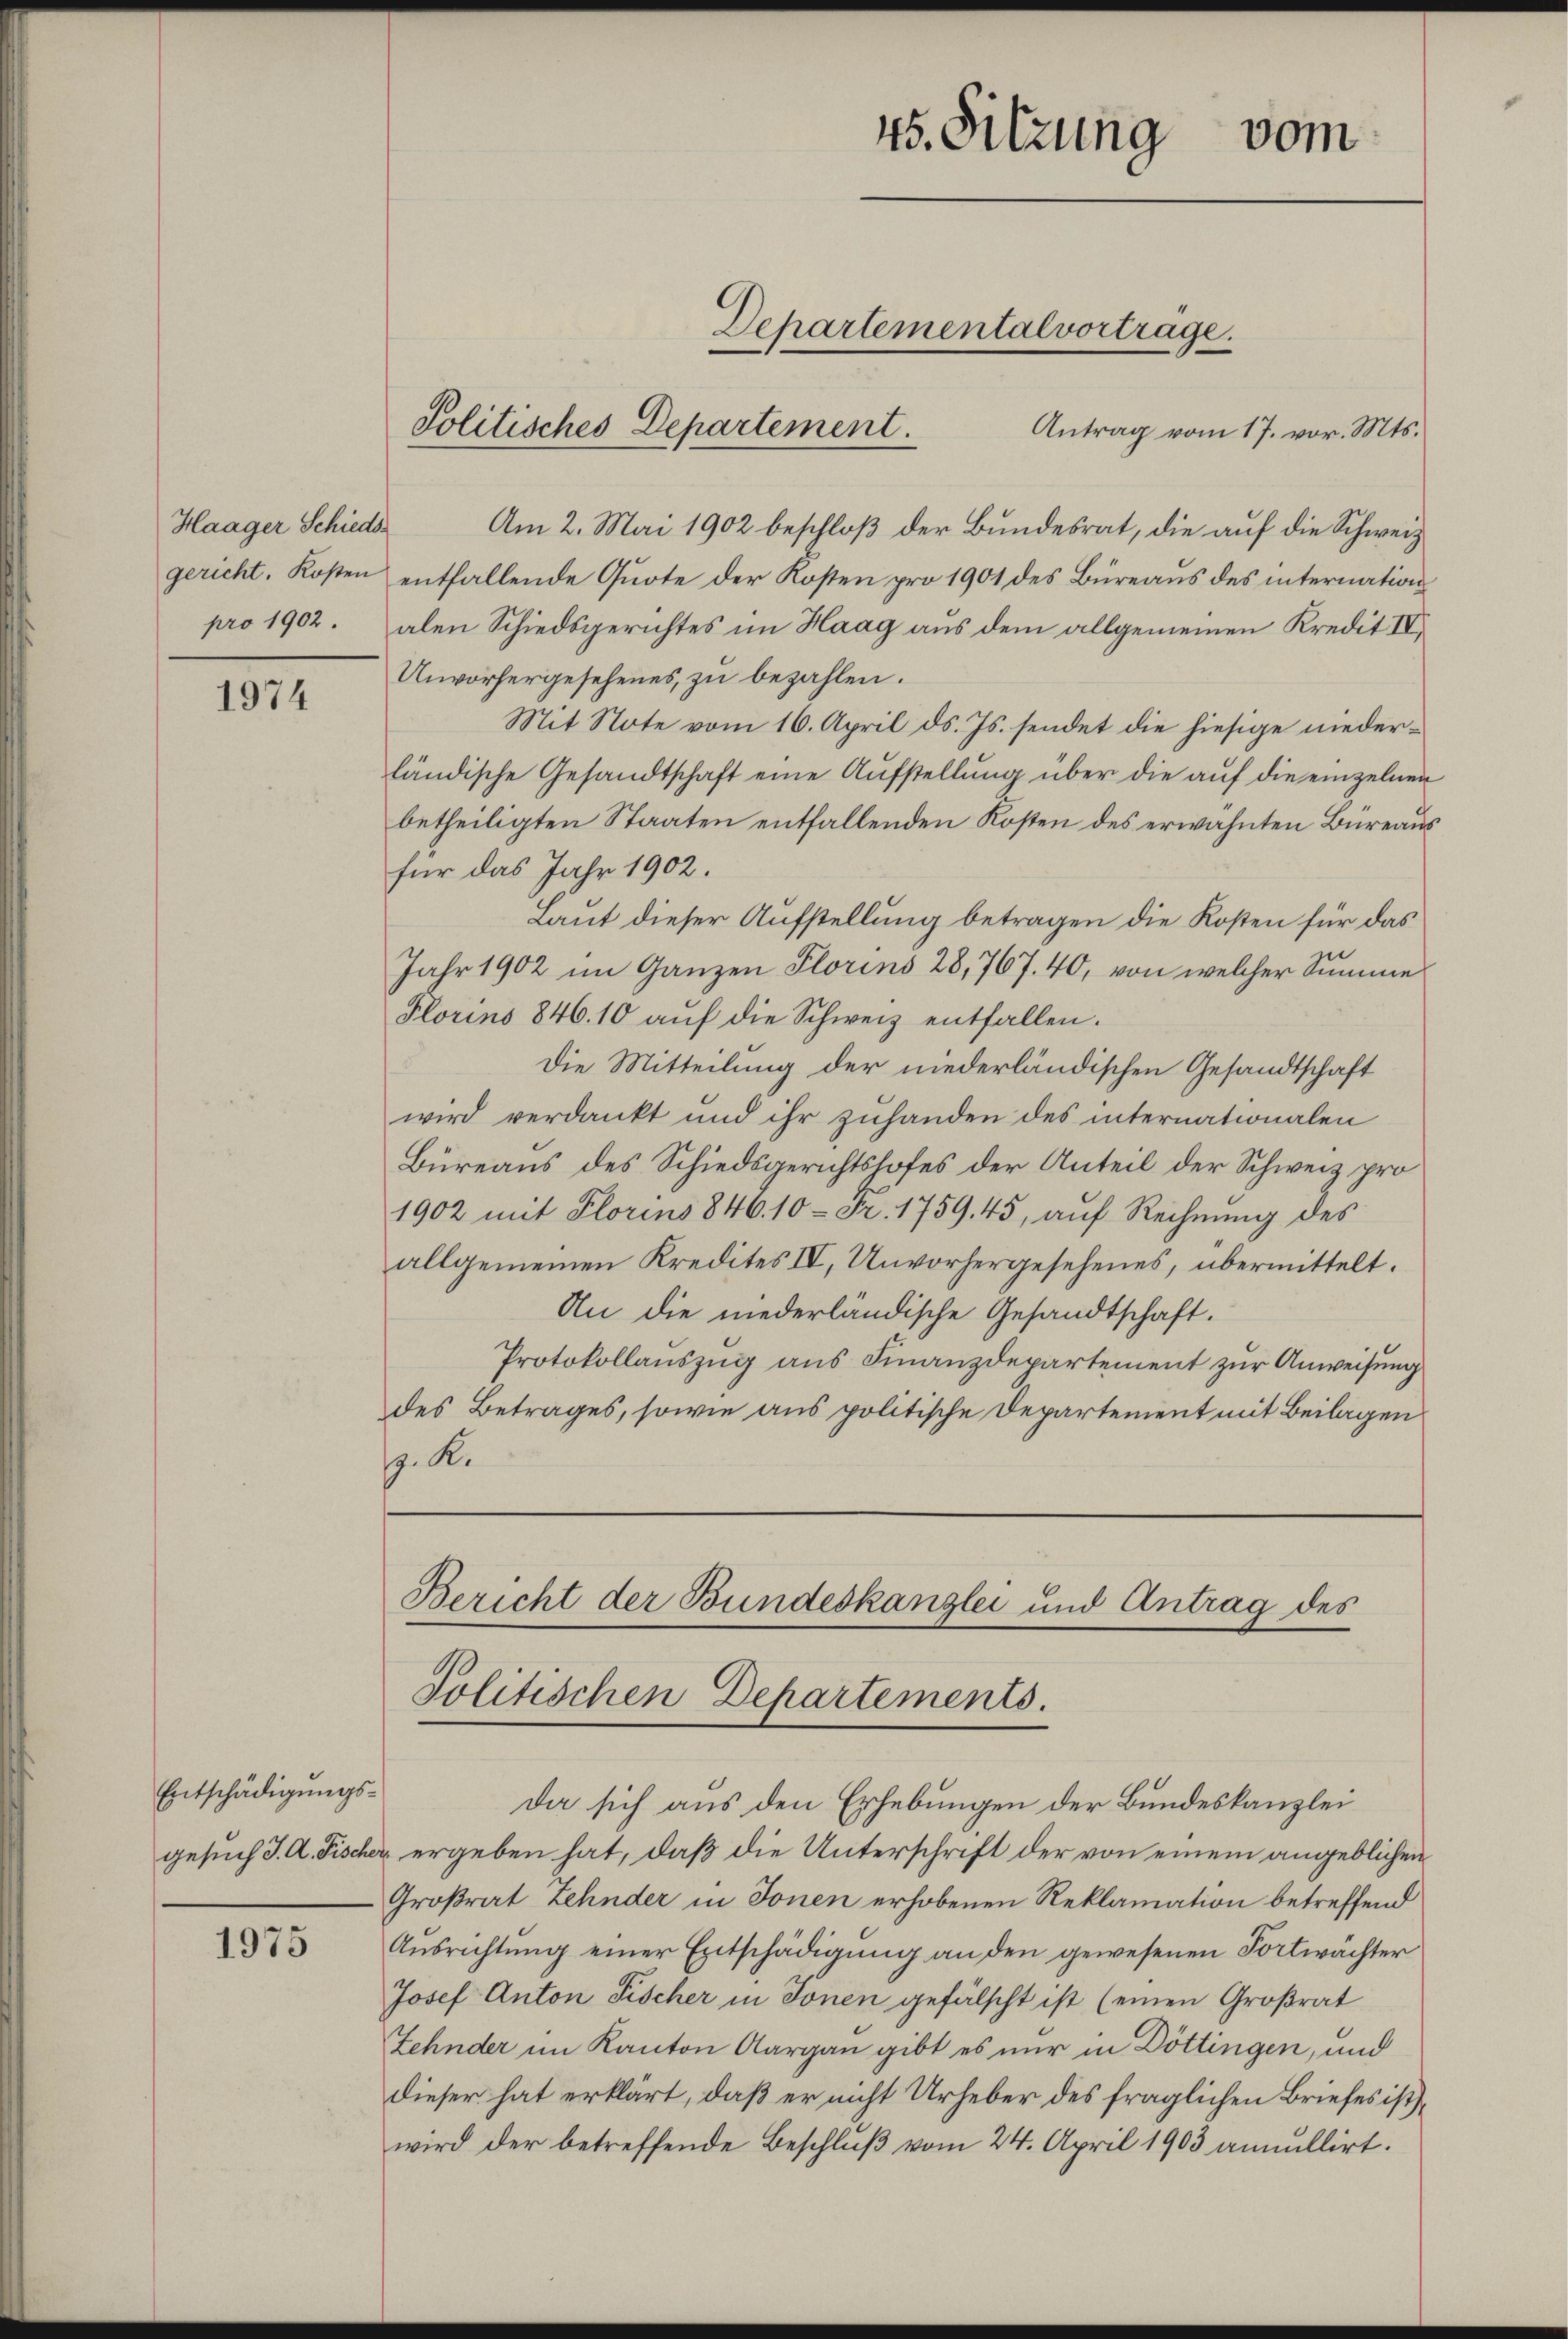
Haager Schiedspro 1902.

1974

Entschädigungs¬

1975

Antrag vom 17. vor. Mts.
Am 2. Mai 1902 beschloß der Bundesrat, die auf die Schweiz
gericht. Kosten entfallende Quote der Kosten pro 1901 des Büreaus des internation
alen Schiedsgerichtes im Haag aus dem allgemeinen Kredit IV
Unvorhergesehenes, zu bezahlen.
Mit Note vom 16. April ds. Js. sendet die hiesige niederländische Gesandtschaft eine Aufstellung über die auf die einzelnen
betheiligten Staaten entfallenden Kosten des erwähnten Büreaus
für das Jahr 1902.
Laut dieser Aufstellung betragen die Kosten für das
Jahr 1902 im Ganzen Florins 28,767. 40, von welcher Summe
Florins 846. 10 aŭf die Schweiz entfallen.
Die Mitteilung der niederländischen Gesandtschaft
wird verdankt und ihr zuhanden des internationalen
Büreaus des Schiedsgerichtshofes der Anteil der Schweiz pro
1902 mit Florins 846. 10 - Fr. 1759, 45, auf Rechnung des
allgemeinen Kredites IV, Unvorhergesehenes, übermittelt.
An die niederländische Gesandtschaft.
Protokollauszug aus Finanzdepartement zur Anweisung
des Betrages, sowie aus politische Departement mit Beilagen
p. K.

vom
45. Sitzung
Departemental vortrage.

Politisches Departement.

Bericht der Bundeskanzlei und Antrag des
Politischen Departements.

da sich aus den Erhebungen der Bundeskanzlei
gesuch J. A. Fischer ergeben hat, daß die Unterschrift der von einem angeblichen
Großrat Zehnder in Jonen erhobenen Reklamation betreffend
Ausrichtung einer Entschädigung an den gewesenen Fortwächter
Josef Anton Fischer in Jonen gefälscht ist (einen Großrat
Zehnder im Kanton Aargau gibt es nur in Döttingen, und
dieser hat erklärt, daß er nicht Urheber des fraglichen Briefes ist,
wird der betreffende Beschluß vom 24. April 1903 annullirt.